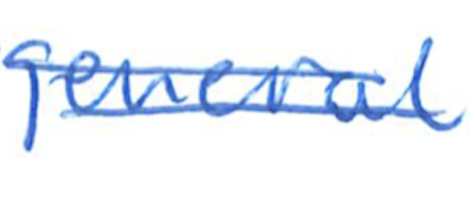
Text: general
Cross-out: double-line
Writing tool: ballpoint